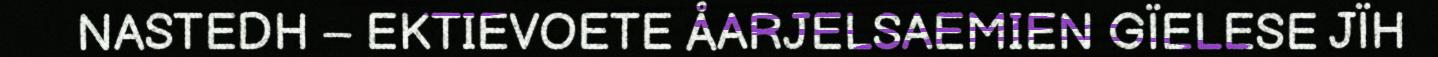
NASTEDH – EKTIEVOETE ÅARJELSAEMIEN GÏELESE JÏH